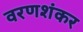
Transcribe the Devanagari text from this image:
वरणशंकर